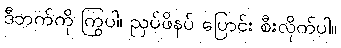
ဒီဘက်ကို ကြွပါ၊ ညှပ်ဖိနပ် ပြောင်း စီးလိုက်ပါ။